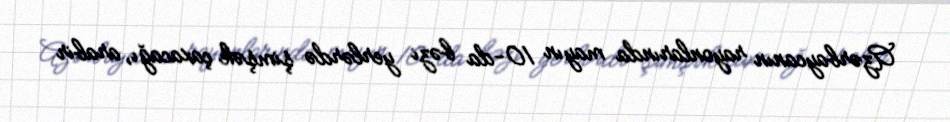
Azərbaycanın rayonlarında mayın 10-da bəzi yerlərdə şimşək çaxacağı, arabir